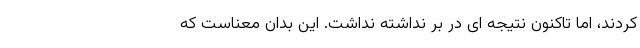
کردند، اما تاکنون نتیجه ای در بر نداشته نداشت. این بدان معناست که